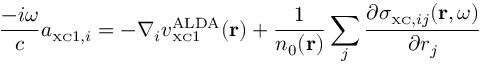
\frac { - i \omega } { c } a _ { { \scriptscriptstyle \mathrm { X C } } 1 , i } = - \nabla _ { i } v _ { { \scriptscriptstyle \mathrm { X C } } 1 } ^ { \mathrm { A L D A } } ( { \bf r } ) + \frac { 1 } { n _ { 0 } ( { \bf r } ) } \sum _ { j } \frac { \partial \sigma _ { { \scriptscriptstyle \mathrm { X C } } , i j } ( { \bf r } , \omega ) } { \partial r _ { j } }